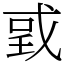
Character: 戜